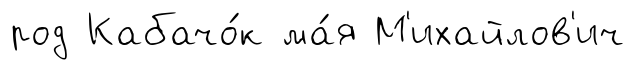
род Кабачо́к ма́я М'ихайлов'ич